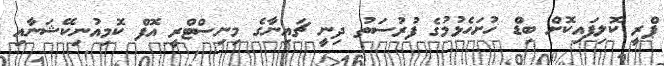
ޕްރީ ކޮލިފައިކޮށް ބިޑް ހުށަހެޅުމުގެ ފުރުސަތު ދިނީ ޗައިނާގެ މިނިސްޓްރީ އޮފް ކޮމިއުނިކޭޝަނާއި